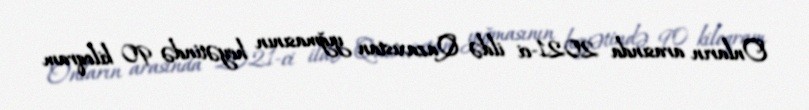
Onların arasında 2021-ci ildə Qazaxıstan yığmasının heyətində 90 kiloqram